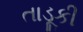
તાડૂકી